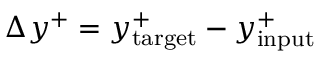
\Delta y ^ { + } = y _ { \mathrm { t a r g e t } } ^ { + } - y _ { \mathrm { i n p u t } } ^ { + }